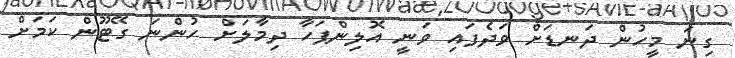
ގިނަ މީހުން ދަނޑަށް ވަދެފައި ވަނީ އޮލިންޕަހާ ދިމާލަށް ހުންނަ ގޭޓޫން ކަމަށް